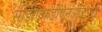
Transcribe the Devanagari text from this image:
सीडीएफडीएनआईआई